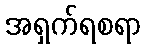
အရှက်ရစရာ